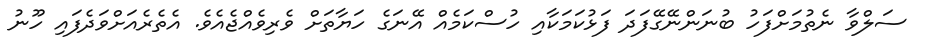
ސަލްވާ ނެތުމަށްފަހު ބުނަންނޭގޭފަދަ ފަޅުކަމަކާއި ހުސްކަމެއް އޭނަގެ ހަޔާތަށް ވެރިވެއްޖެއެވެ. އެތެރެއަށްވަދެފައި ހޫނު